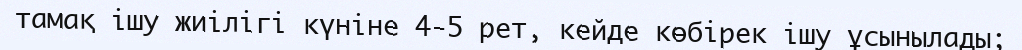
тамақ ішу жиілігі күніне 4-5 рет, кейде көбірек ішу ұсынылады;